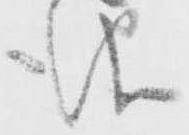
儀